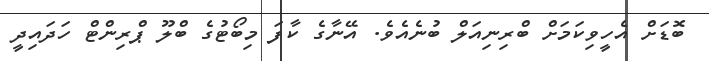
ބޮޑަށް އެހީވިކަމަށް ބްރިނިއަލް ބުނެއެވެ. އޭނާގެ ކާފަ މިބޯޓުގެ ބްލޫ ޕްރިންޓް ހަދައިދީ